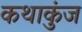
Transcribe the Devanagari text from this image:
कथाकुंज